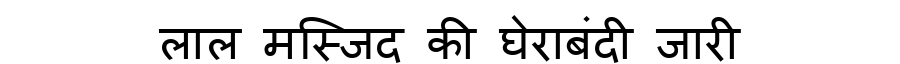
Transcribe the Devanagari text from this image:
लाल मस्जिद की घेराबंदी जारी